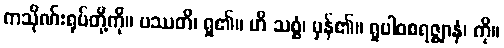
ကသိုဏ်းရုပ်တို့ကို။ ပဿတိ၊ ရှု၏။ ဟိ သစ္စံ၊ မှန်၏။ ရူပါဝစရဇ္ဈာနံ၊ ကို။